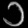
Digit: ၁